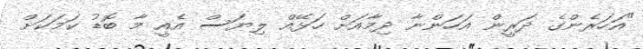
"އަހަރެންގެ ދަރީން އަހަންނާ ދިމާއަށް ހަޅޭއް ލިޔަސް އެއީ މާ ބޮޑު ކަމަކަށް